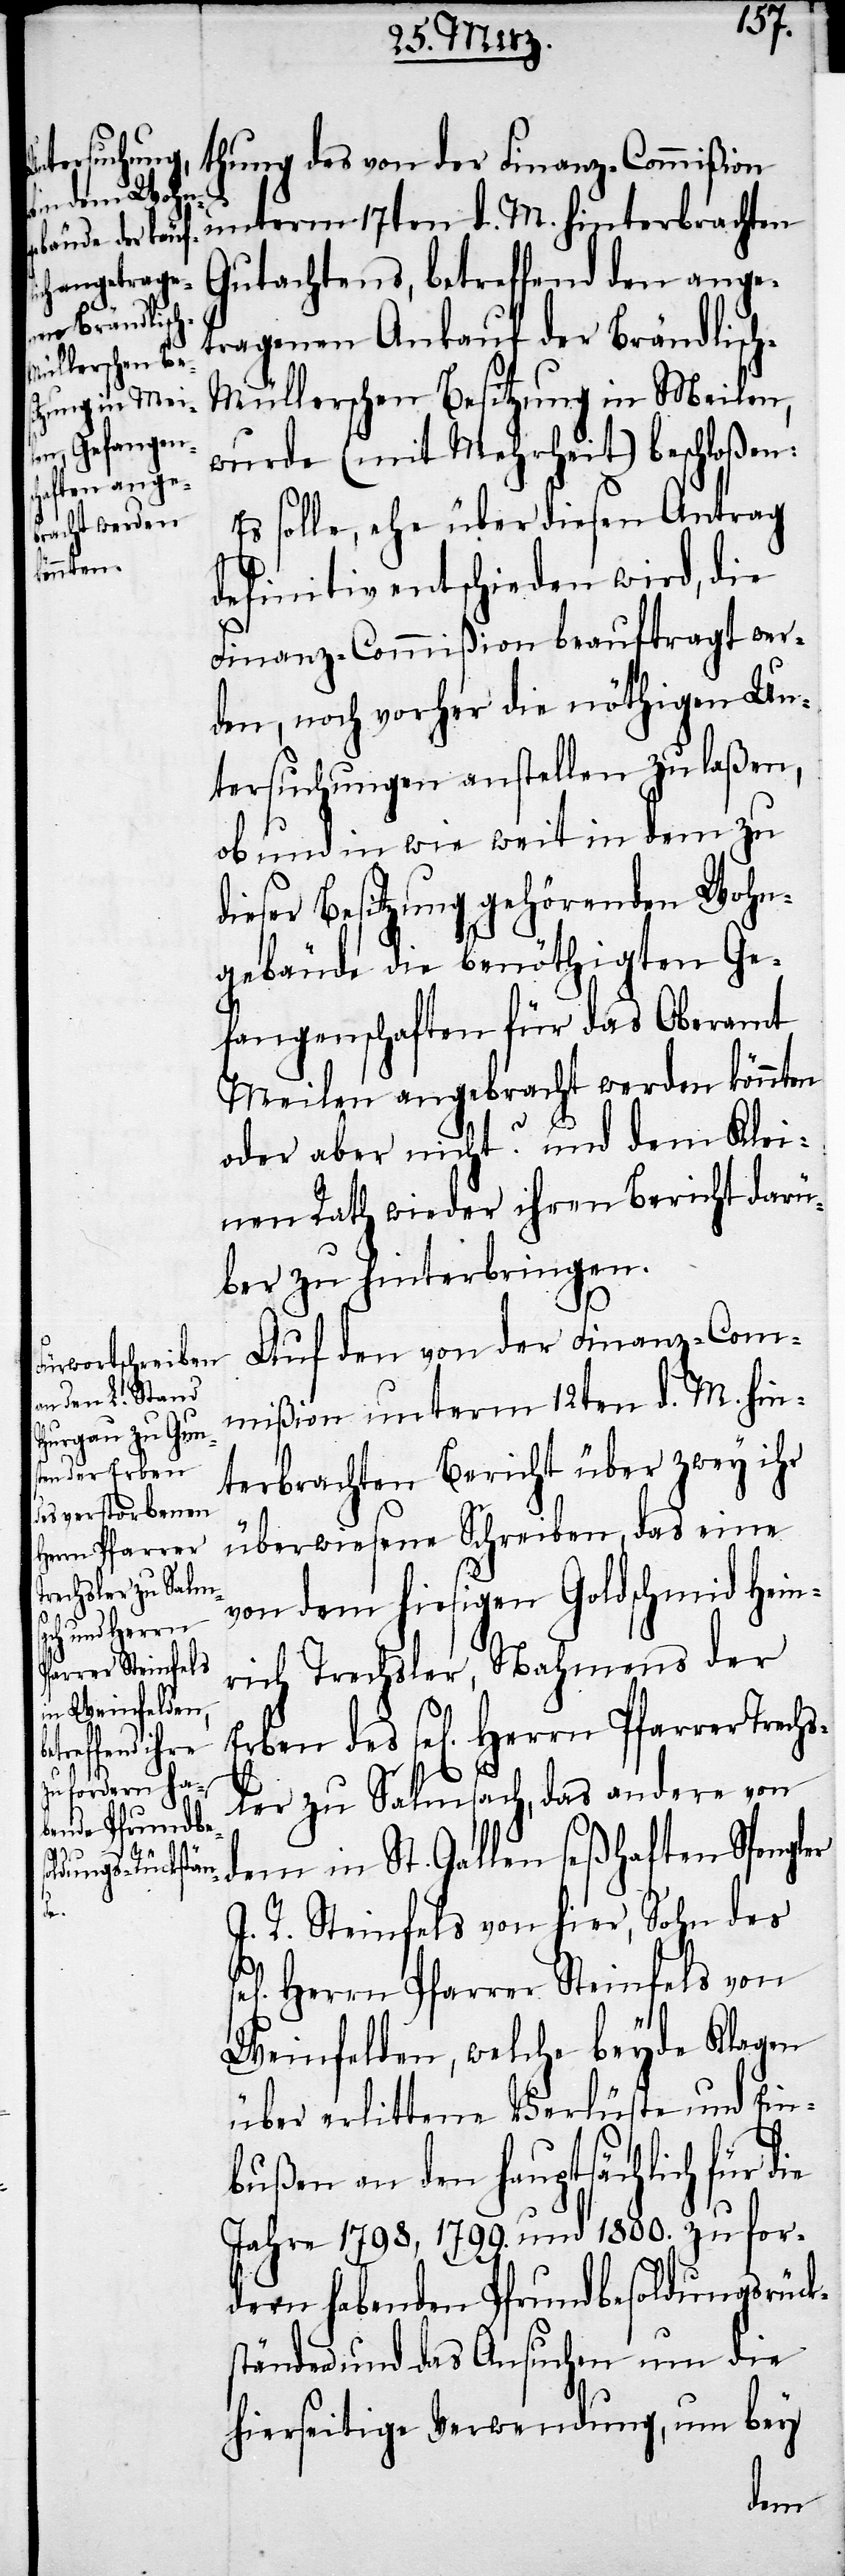
Herrn Pfarrer
Erben des

thung des von der Finanz-Commißion
unterm 17ten d. M. hinterbrachten
Gutachtens, betreffend den ange¬
tragenen Ankauf der Brändlisc¬
h-Müllerschen Besitzung in Meilen,
wurde (mit Mehrheit) beschloßen:
Es solle, ehe über diesen Antrag
definitv entschieden wird, die
Finanz-Commißion beauftragt wer¬
den, noch vorher die nöthigen Un¬
tersuchungen anstellen zu laßen,
ob und in wie weit in dem zu
dieser Besitzung gehörenden Wohn¬
gebäude die benöthigten Ge¬
fangenschaften für das Oberamt
Meilen angebracht werden könnten
oder aber nicht? und dem Klei¬
nen Rath wieder ihren Bericht darü¬
ber zu hinterbringen.
Trach¬
Auf den von der Finanz-Com¬
mißion unterm 12ten d. M. hin¬
terbrachten Bericht über zwey ihr
überwiesene Schreiben, das eine
von dem hiesigen Goldschmid Hein¬
rich Trachsler, Nahmens der
sler zu Salmsach, das andere von
dem in St. Gallen seßhaften Spengler
J. R. Steinfels von hier, Sohn des
Herrn Pfarrer Steinfels von
Weinfelden, welche beyde Klagen
über erlittene Verlüste und Ein¬
bußen an den hauptsächlich für die
Jahre 1798, 1799. und 1800. zu for¬
dern habenden Pfrundbesoldungsrück¬
ständen und das Ansuchen um die
hierseitige Verwendung, um bey